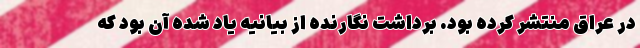
در عراق منتشر کرده بود. برداشت نگارنده از بیانیه یاد شده آن بود که